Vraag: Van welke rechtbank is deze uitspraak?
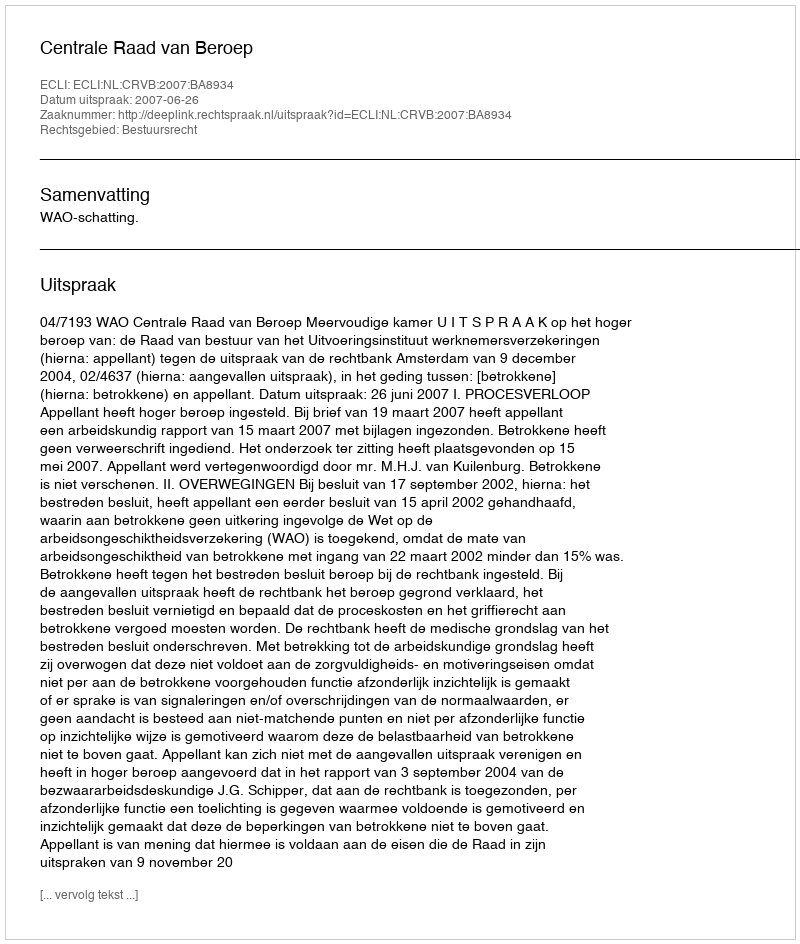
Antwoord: Centrale Raad van Beroep